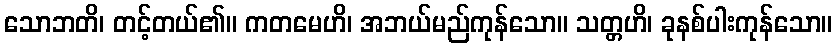
သောဘတိ၊ တင့်တယ်၏။ ကတမေဟိ၊ အဘယ်မည်ကုန်သော။ သတ္တဟိ၊ ခုနစ်ပါးကုန်သော။